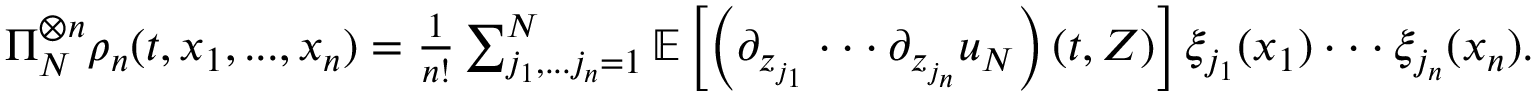
\begin{array} { r } { \Pi _ { N } ^ { \otimes n } \rho _ { n } ( t , x _ { 1 } , . . . , x _ { n } ) = \frac { 1 } { n ! } \sum _ { j _ { 1 } , . . . j _ { n } = 1 } ^ { N } \mathbb { E } \left[ \left( \partial _ { z _ { j _ { 1 } } } \cdot \cdot \cdot \partial _ { z _ { j _ { n } } } u _ { N } \right) ( t , Z ) \right] \xi _ { j _ { 1 } } ( x _ { 1 } ) \cdot \cdot \cdot \xi _ { j _ { n } } ( x _ { n } ) . } \end{array}